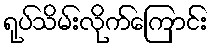
ရုပ်သိမ်းလိုက်ကြောင်း